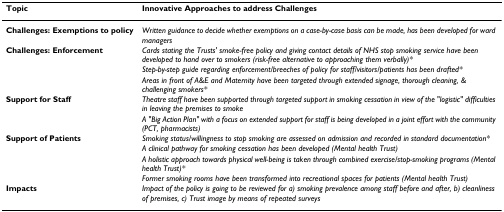
<table><thead><tr><td><b>Topic</b></td><td><b>Innovative Approaches to address Challenges</b></td></tr></thead><tbody><tr><td><b>Challenges: Exemptions to policy</b></td><td><i>Written guidance to decide whether exemptions on a case-by-case basis can be made, has been developed for ward managers</i></td></tr><tr><td><b>Challenges: Enforcement</b></td><td><i>Cards stating the Trusts&#x27; smoke-free policy and giving contact details of NHS stop smoking service have been developed to hand over to smokers (risk-free alternative to approaching them verbally)*</i></td></tr><tr><td></td><td><i>Step-by-step guide regarding enforcement/breeches of policy for staff/visitors/patients has been drafted*</i></td></tr><tr><td></td><td><i>Areas in front of A&amp;E and Maternity have been targeted through extended signage, thorough cleaning, &amp; challenging smokers*</i></td></tr><tr><td><b>Support for Staff</b></td><td><i>Theatre staff have been supported through targeted support in smoking cessation in view of the &quot;logistic&quot; difficulties in leaving the premises to smoke</i></td></tr><tr><td></td><td><i>A &quot;Big Action Plan&quot; with a focus on extended support for staff is being developed in a joint effort with the community (PCT, pharmacists)</i></td></tr><tr><td><b>Support of Patients</b></td><td><i>Smoking status/willingness to stop smoking are assessed on admission and recorded in standard documentation*</i></td></tr><tr><td></td><td><i>A clinical pathway for smoking cessation has been developed (Mental health Trust)</i></td></tr><tr><td></td><td><i>A holistic approach towards physical well-being is taken through combined exercise/stop-smoking programs (Mental health Trust)*</i></td></tr><tr><td></td><td><i>Former smoking rooms have been transformed into recreational spaces for patients (Mental health Trust)</i></td></tr><tr><td><b>Impacts</b></td><td><i>Impact of the policy is going to be reviewed for a) smoking prevalence among staff before and after, b) cleanliness of premises, c) Trust image by means of repeated surveys</i></td></tr></tbody></table>